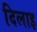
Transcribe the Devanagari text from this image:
दिलाइ